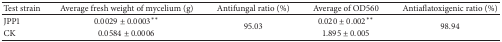
<table><thead><tr><td><b>Test strain</b></td><td><b>Average fresh weight of mycelium (g)</b></td><td><b>Antifungal ratio (%)</b></td><td><b>Average of OD560</b></td><td><b>Antiaflatoxigenic ratio (%)</b></td></tr></thead><tbody><tr><td>JPP1</td><td>0.0029 ± 0.0003**</td><td rowspan="2">95.03</td><td>0.020 ± 0.002**</td><td rowspan="2">98.94</td></tr><tr><td>CK</td><td>0.0584 ± 0.0006</td><td>1.895 ± 0.005</td></tr></tbody></table>